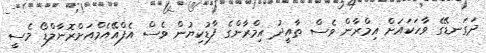
ދަގަނޑޭގެ ވާހަކައަށް އިމްރާން ވެސް ތާއީދު އިމްރާންގެ ފާޑުކިޔުން ވެސް އެފްއޭއެމްއަށްރޮނާލްޑޯ މެސީ